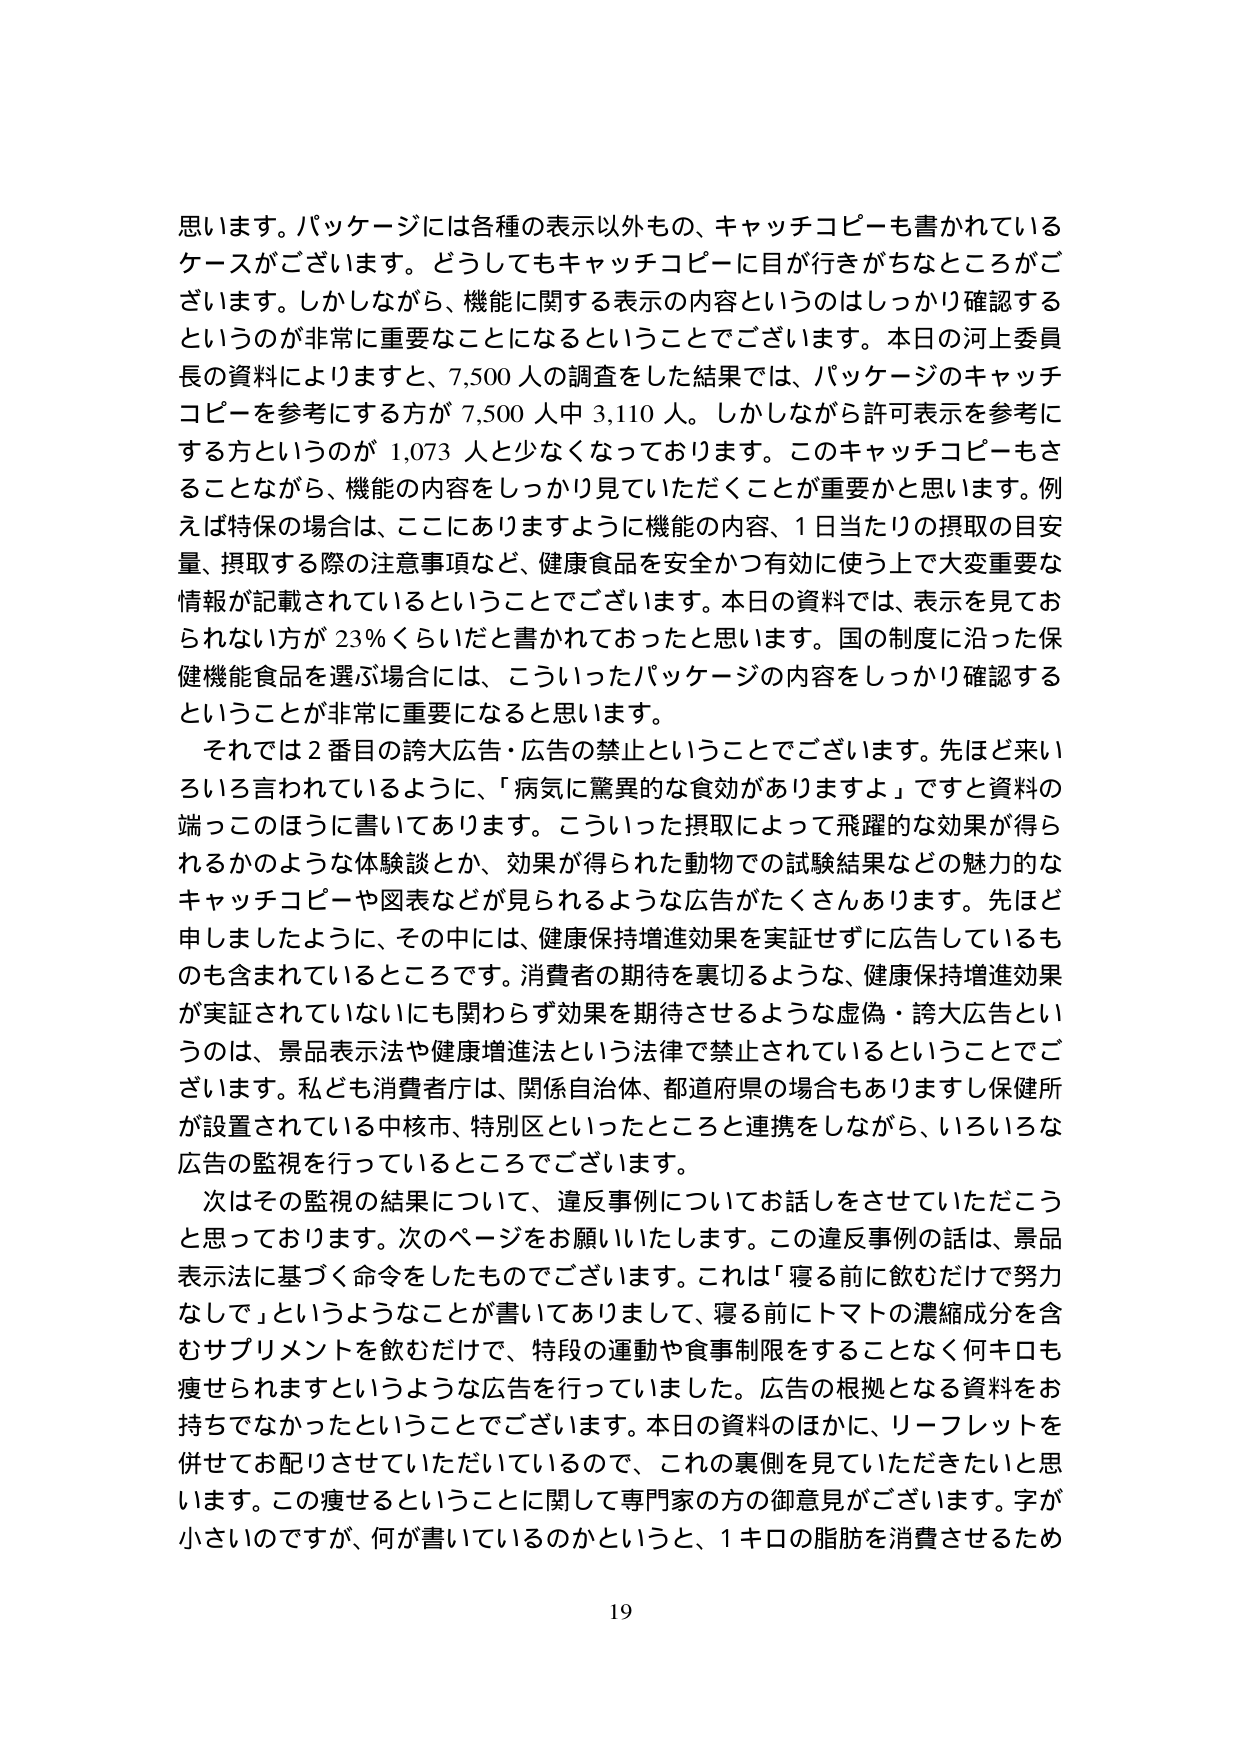
思います。パッケージには各種の表示以外もの、キャッチコピーも書かれているケースがございます。どうしてもキャッチコピーに目が行きがちなところがございます。しかしながら、機能に関する表示の内容というのはしっかり確認するというのが非常に重要なことになるということでございます。本日の河上委員長の資料によりますと、7,500人の調査をした結果では、パッケージのキャッチコピーを参考にする方が7,500人中3,110人。しかしながら許可表示を参考にする方というのが1,073人と少なくなっております。このキャッチコピーもさることながら、機能の内容をしっかり見ていただくことが重要かと思います。例えば特保の場合は、ここにありますように機能の内容、1日当たりの摂取の目安量、摂取する際の注意事項など、健康食品を安全かつ有効に使う上で大変重要な情報が記載されているということでございます。本日の資料では、表示を見ておられない方が23％くらいだと書かれておったと思います。国の制度に沿った保健機能食品を選ぶ場合には、こういったパッケージの内容をしっかり確認するということが非常に重要になると思います。

それでは2番目の誇大広告・広告の禁止ということでございます。先ほど来いろいろ言われているように、「病気に驚異的な食効がありますよ」ですと資料の端っこのほうに書いてあります。こういった摂取によって飛躍的な効果が得られるかのような体験談とか、効果が得られた動物での試験結果などの魅力的なキャッチコピー ya 図表などが見られるような広告がたくさんあります。先ほど申しましたように、その中には、健康保持増進効果を実証せずに広告しているものも含まれているところです。消費者の期待を裏切るような、健康保持増進効果が実証されていないにも関わらず効果を期待させるような虚偽・誇大広告というのは、景品表示法や健康増進法という法律で禁止されているということでございます。私ども消費者庁は、関係自治体、都道府県の場合もありますし保健所が設置されている中核市、特別区といったところと連携をしながら、いろいろな広告の監視を行っているところでございます。

次はその監視の結果について、違反事例についてお話しをさせていただこうと思っております。次のページをお願いいたします。この違反事例の話は、景品表示法に基づく命令をしたものでございます。これは「寝る前に飲むだけで努力なしで」というようなことが書いてありまして、寝る前にトマトの濃縮成分を含むサプリメントを飲むだけで、特段の運動や食事制限をすることなく何キロも痩せられますというような広告を行っていました。広告の根拠となる資料をお持ちでなかったということでございます。本日の資料のほかに、リーフレットを併せてお配りさせていただいているので、これの裏側を見ていただきたいと思います。この痩せるということに関して専門家の方の御意見がございます。字が小さいのですが、何が書いているのかというと、1キロの脂肪を消費させるため

19